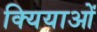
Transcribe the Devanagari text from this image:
क्यियाओं